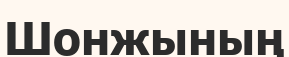
Шонжының